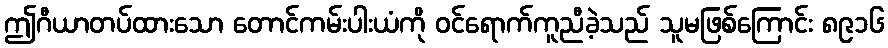
ဤဂီယာတပ်ထားသော တောင်ကမ်းပါးယံကို ဝင်ရောက်ကူညီခဲ့သည် သူမဖြစ်ကြောင်း ၈၉၁၆